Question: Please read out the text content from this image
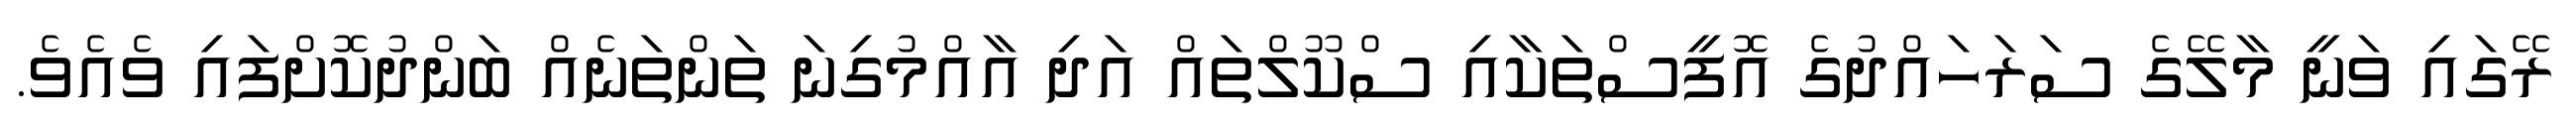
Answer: ރޭގައި ވަނީ މާލޭގެ ސަރަހައްދުގެ އޮފީސްތަކާއި ސްކޫލްތައް އަދި އާއްމުގިނަ ތަންތަނެއް ބަންދުކޮށްފައި ވެއެވެ.